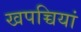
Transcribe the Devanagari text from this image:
खपच्चियां